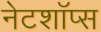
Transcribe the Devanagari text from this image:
नेटशॉप्स